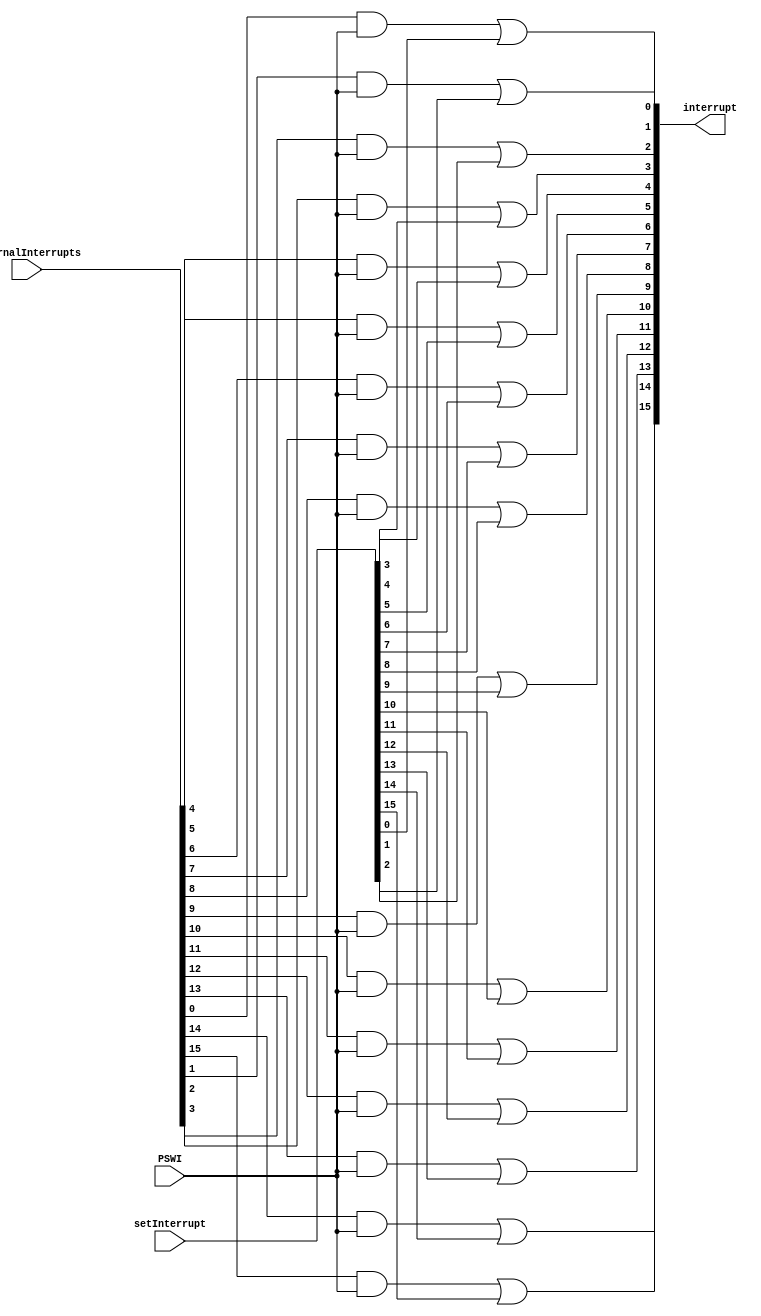
module InterruptCatcher(externalInterrupts, PSWI, setInterrupt, interrupt);
	
parameter WIDTH = 16;

input		wire[WIDTH - 1 : 0]	externalInterrupts, setInterrupt;
input		wire								PSWI;
output	reg	[WIDTH - 1 : 0] interrupt;

integer i;

always @(*) begin
	for (i = 0; i < WIDTH; i = i + 1) begin
		interrupt[i] = (externalInterrupts[i] && PSWI) || setInterrupt[i];
 	end
end	
	
endmodule